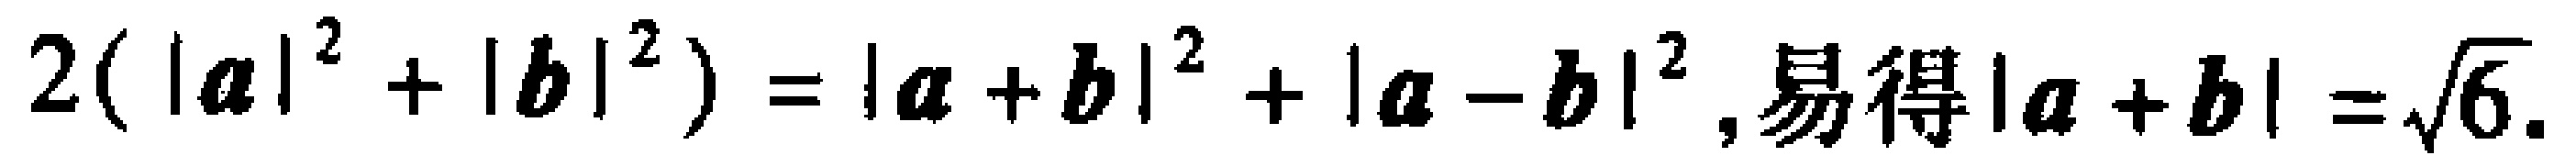
$2(|\boldsymbol{a}|^{2}+|\boldsymbol{b}|^{2})=|\boldsymbol{a}+\boldsymbol{b}|^{2}+|\boldsymbol{a}-\boldsymbol{b}|^{2},易得|\boldsymbol{a}+\boldsymbol{b}|=\sqrt{6}.$